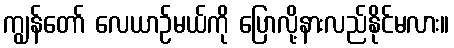
ကျွန်တော် လေယာဉ်မယ်ကို ပြောလို့နားလည်နိုင်မလား။